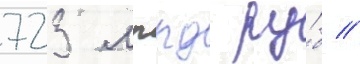
723 млрд ру́б //